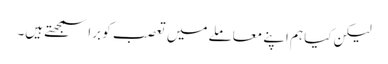
لیکن کیا ہم اپنے معاملے میں تعصب کو برا سمجھتے ہیں۔